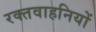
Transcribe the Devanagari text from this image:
रक्तवाहनियों